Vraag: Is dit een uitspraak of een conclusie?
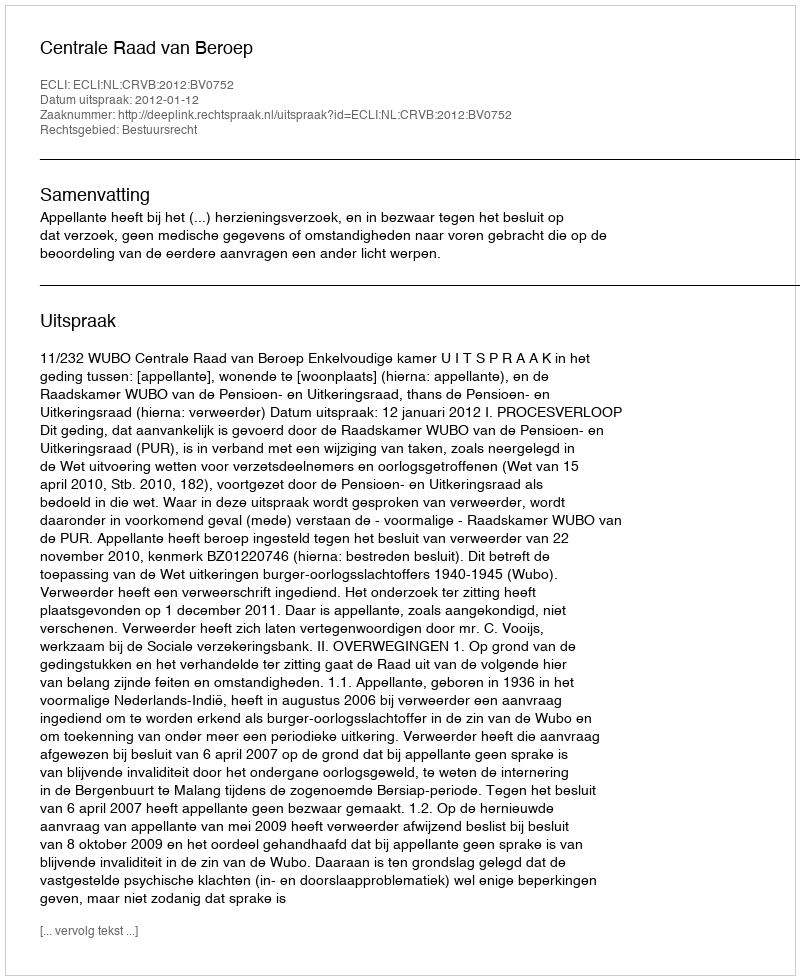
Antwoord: Uitspraak